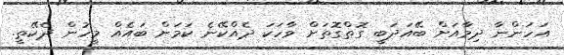
އަހަންނާ ދިމާއަށް ބޭއަދަބީ ގޮތްގޮތަށް ވާހަކަ ދެއްކޭނެ ކަމަށް ބައެއް މީހުން ދެކޭތީ.